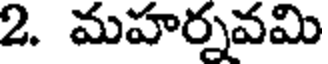
2. మహర్నవమి